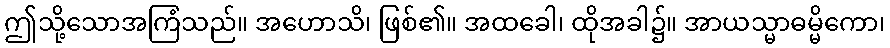
ဤသို့သောအကြံသည်။ အဟောသိ၊ ဖြစ်၏။ အထခေါ၊ ထိုအခါ၌။ အာယသ္မာဓမ္မိကော၊